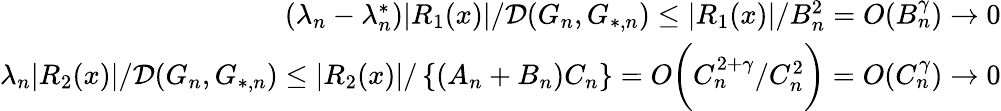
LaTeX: \begin{array}{r}{(\lambda_{n}-\lambda_{n}^{*})|R_{1}(x)|/\mathcal{D}(G_{n},G_{*,n})\leq|R_{1}(x)|/B_{n}^{2}=O(B_{n}^{\gamma})\to 0}\\ {\lambda_{n}|R_{2}(x)|/\mathcal{D}(G_{n},G_{*,n})\leq|R_{2}(x)|/\left\{ (A_{n}+B_{n})C_{n}\right\} =O\biggr(C_{n}^{2+\gamma}/C_{n}^{2}\biggr)=O(C_{n}^{\gamma})\to 0}\end{array}